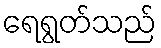
ရေရွတ်သည်